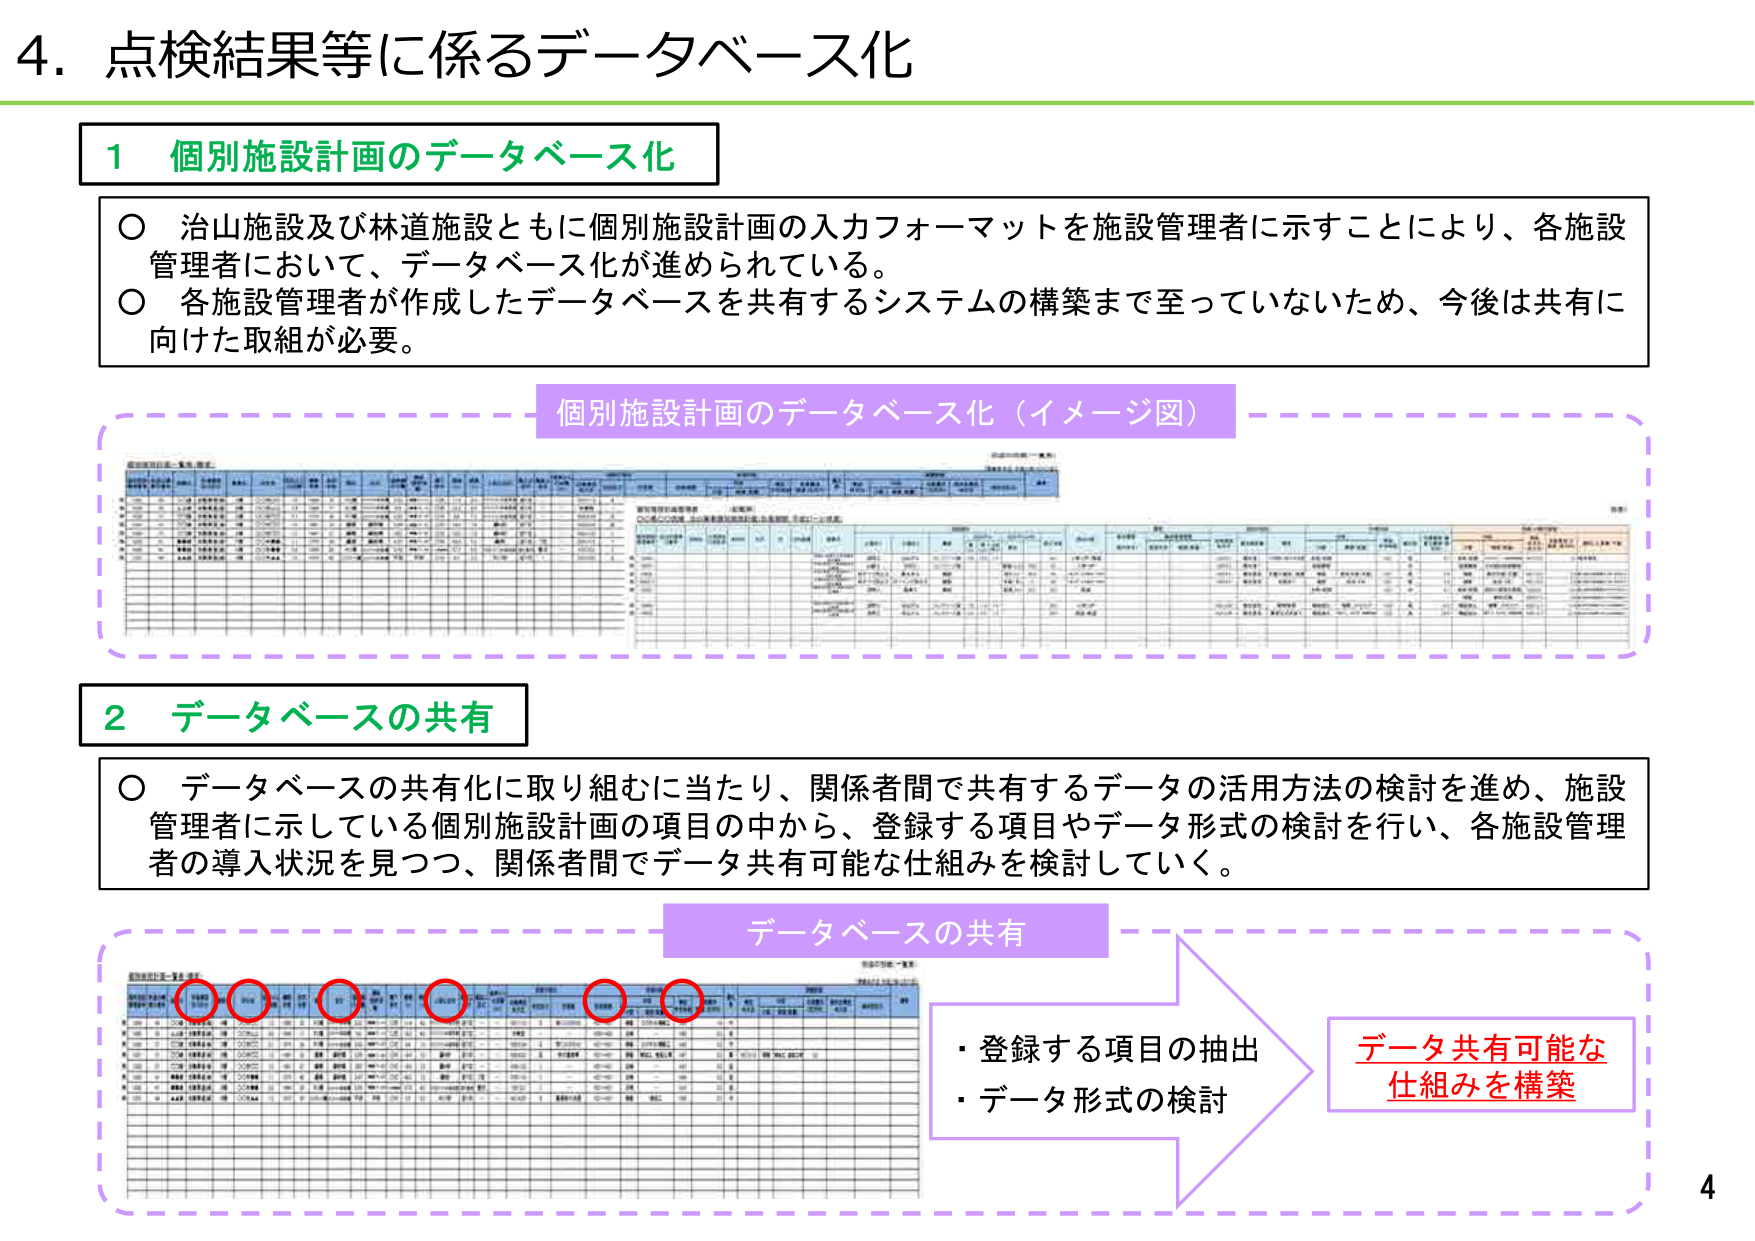
4. 点検結果等に係るデータベース化

1 個別施設計画のデータベース化

○ 治山施設及び林道施設ともに個別施設計画の入力フォーマットを施設管理者に示すことにより、各施設管理者において、データベース化が進められている。
○ 各施設管理者が作成したデータベースを共有するシステムの構築まで至っていないため、今後は共有に向けた取組が必要。

個別施設計画のデータベース化（イメージ図）

2 データベースの共有

○ データベースの共有化に取り組むに当たり、関係者間で共有するデータの活用方法の検討を進め、施設管理者に示している個別施設計画の項目の中から、登録する項目やデータ形式の検討を行い、各施設管理者の導入状況を見つつ、関係者間でデータ共有可能な仕組みを検討していく。

データベースの共有

・登録する項目の抽出
・データ形式の検討

データ共有可能な
仕組みを構築

4